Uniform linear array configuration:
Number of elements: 12
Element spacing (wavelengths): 0.75
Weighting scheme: kaiser
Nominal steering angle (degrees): -30
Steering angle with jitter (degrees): -30.44
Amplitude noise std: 0.05
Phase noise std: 0.05

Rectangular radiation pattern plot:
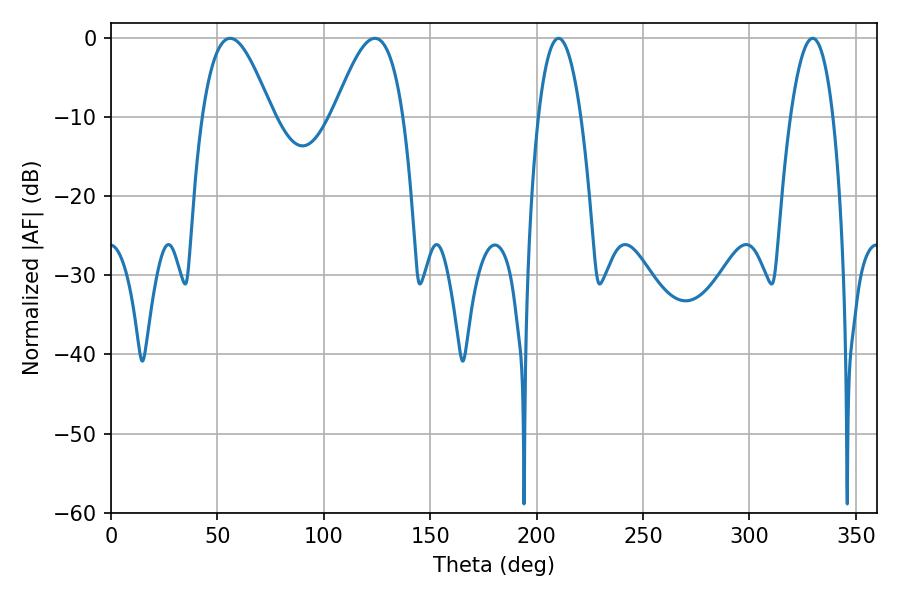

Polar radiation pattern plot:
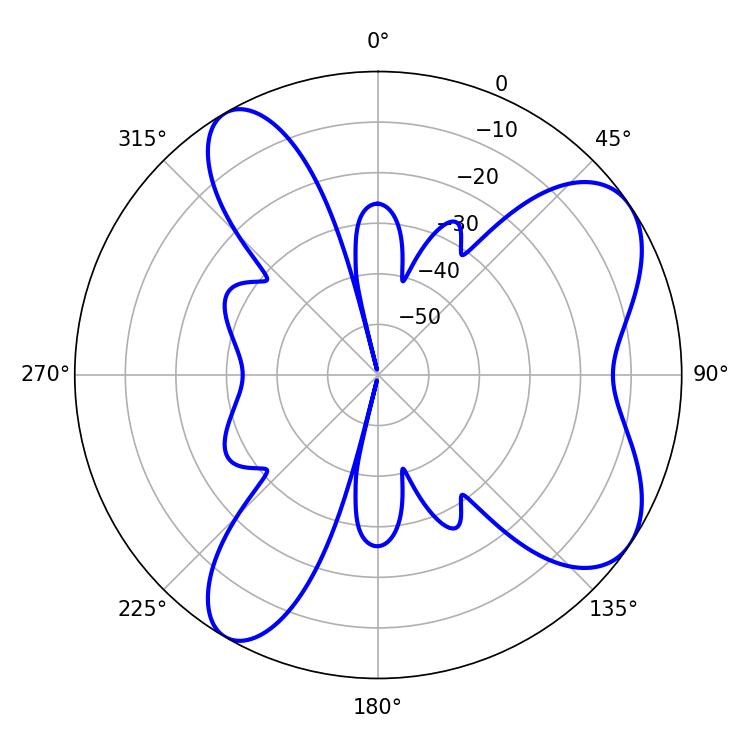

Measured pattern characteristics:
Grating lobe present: TRUE
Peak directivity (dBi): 7.278
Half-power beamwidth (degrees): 17.64
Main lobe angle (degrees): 124.02